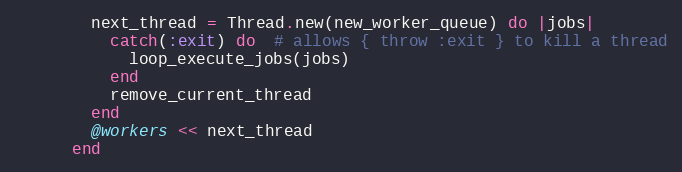
Language: Ruby
        next_thread = Thread.new(new_worker_queue) do |jobs|
          catch(:exit) do  # allows { throw :exit } to kill a thread
            loop_execute_jobs(jobs)
          end
          remove_current_thread
        end
        @workers << next_thread
      end